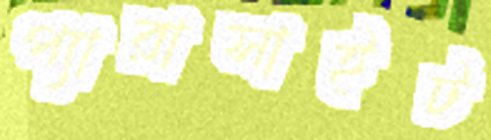
প্যারাসাইট